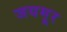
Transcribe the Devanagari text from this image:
जयमूर